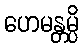
ဟေမန္တမ္ပိ